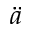
\ddot { a }